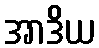
အာဒိယ